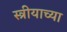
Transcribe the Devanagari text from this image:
स्त्रीयाच्या